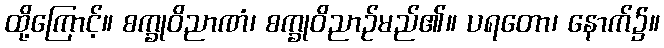
ထို့ကြောင့်။ စက္ခုဝိညာဏံ၊ စက္ခုဝိညာဉ်မည်၏။ ပရတော၊ နောက်၌။